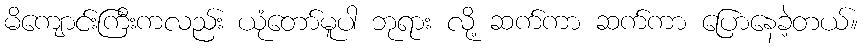
မိကျောင်းကြီးကလည်း ယုံတော်မူပါ ဘုရား လို့ ဆက်ကာ ဆက်ကာ ပြောနေခဲ့တယ်။